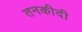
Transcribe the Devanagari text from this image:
तनकीदी